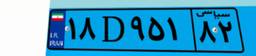
۶۰D۷۲۸۰۸